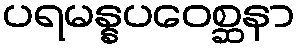
ပရမန္နပဝေစ္ဆနာ